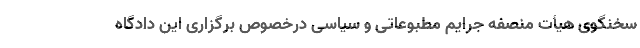
سخنگوی هیأت منصفه جرایم مطبوعاتی و سیاسی در‌خصوص برگزاری این دادگاه